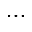
\dots